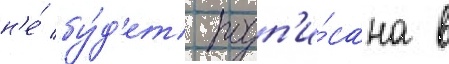
н'е́ бу́д'ет подп'и́сана в